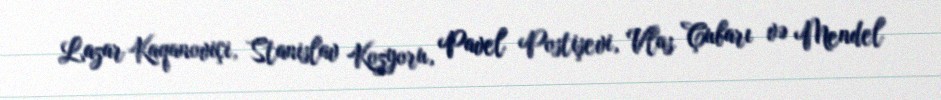
Lazar Kaqanoviçi, Stanislav Kozyoru, Pavel Postişevi, Vlas Çubarı və Mendel